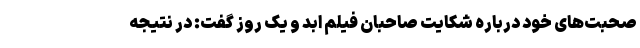
صحبت‌های خود درباره شکایت صاحبان فیلم ابد و یک روز گفت: در نتیجه